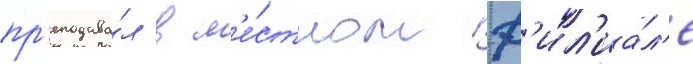
пр'еподава́л в м'е́стном ф'ил'иа́л'е